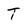
Character: T